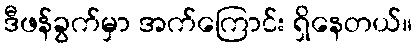
ဒီဖန်ခွက်မှာ အက်ကြောင်း ရှိနေတယ်။